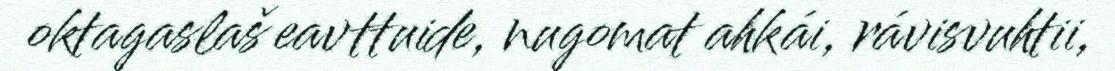
oktagaslaš eavttuide, nugomat ahkái, rávisvuhtii,